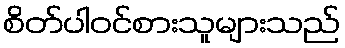
စိတ်ပါဝင်စားသူများသည်